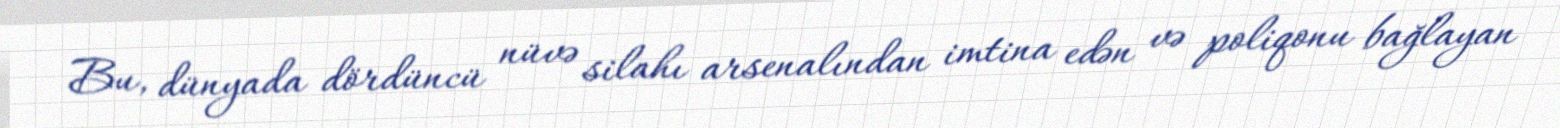
Bu, dünyada dördüncü nüvə silahı arsenalından imtina edən və poliqonu bağlayan